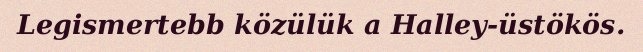
Legismertebb közülük a Halley-üstökös.